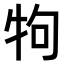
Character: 𤘽